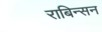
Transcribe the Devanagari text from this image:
राबिन्सन